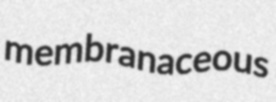
membranaceous